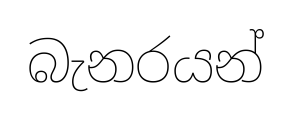
බැනරයන්